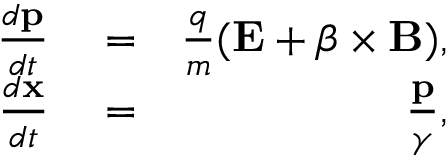
\begin{array} { r l r } { \frac { d { \mathbf { p } } } { d t } } & { { } = } & { \frac { q } { m } ( \mathbf { E } + \boldsymbol { \beta } \times \mathbf { B } ) , } \\ { \frac { d \mathbf { x } } { d t } } & { { } = } & { \frac { \mathbf { p } } { \gamma } , } \end{array}